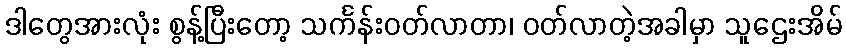
ဒါတွေအားလုံး စွန့်ပြီးတော့ သင်္ကန်းဝတ်လာတာ၊ ဝတ်လာတဲ့အခါမှာ သူဌေးအိမ်